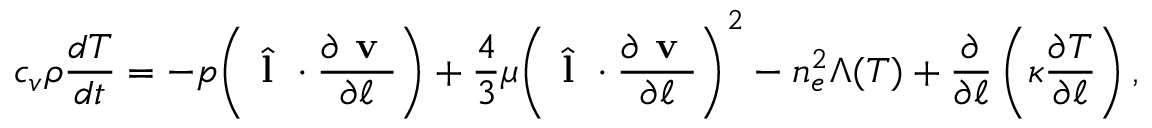
c _ { v } \rho \frac { d T } { d t } = - p \Bigg ( \hat { \textbf { l } } \cdot \frac { \partial \textbf { v } } { \partial \ell } \Bigg ) + \frac { 4 } { 3 } \mu \Bigg ( \hat { \textbf { l } } \cdot \frac { \partial \textbf { v } } { \partial \ell } \Bigg ) ^ { 2 } - n _ { e } ^ { 2 } \Lambda ( T ) + \frac { \partial } { \partial \ell } \left( \kappa \frac { \partial T } { \partial \ell } \right) ,